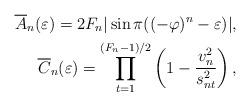
LaTeX: \begin{align*}\overline{A}_n(\varepsilon)=2F_{n}|\sin \pi((-\varphi)^{n}-\varepsilon)| ,\\\overline{C}_n(\varepsilon)=\prod_{t=1}^{(F_{n}-1)/2}\left(1-\frac{v_{n}^2}{s_{nt}^2}\right),\end{align*}